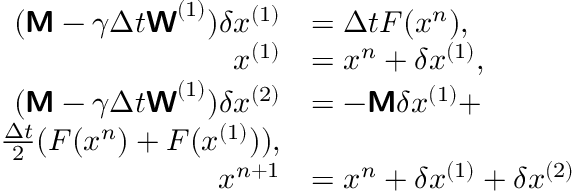
\begin{array} { r l } { ( \boldsymbol { \mathsf { M } } - \gamma \Delta t \boldsymbol { \mathsf { W } } ^ { ( 1 ) } ) \delta \boldsymbol { x } ^ { ( 1 ) } } & { = \Delta t F ( \boldsymbol { x } ^ { n } ) , } \\ { \boldsymbol { x } ^ { ( 1 ) } } & { = \boldsymbol { x } ^ { n } + \delta \boldsymbol { x } ^ { ( 1 ) } , } \\ { ( \boldsymbol { \mathsf { M } } - \gamma \Delta t \boldsymbol { \mathsf { W } } ^ { ( 1 ) } ) \delta \boldsymbol { x } ^ { ( 2 ) } } & { = - \boldsymbol { \mathsf { M } } \delta \boldsymbol { x } ^ { ( 1 ) } + } \\ { \frac { \Delta t } { 2 } ( F ( \boldsymbol { x } ^ { n } ) + F ( \boldsymbol { x } ^ { ( 1 ) } ) ) , } \\ { \boldsymbol { x } ^ { n + 1 } } & { = \boldsymbol { x } ^ { n } + \delta \boldsymbol { x } ^ { ( 1 ) } + \delta \boldsymbol { x } ^ { ( 2 ) } } \end{array}